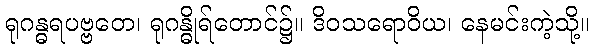
ရုဂန္ဓရပဗ္ဗတေ၊ ရုဂန္ဓိုရ်တောင်၌။ ဒိဝသရောဝိယ၊ နေမင်းကဲ့သို့။